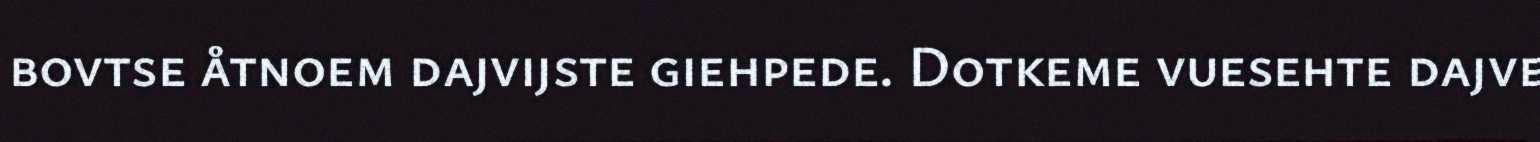
bovtse åtnoem dajvijste giehpede. Dotkeme vuesehte dajve